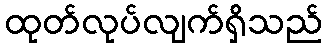
ထုတ်လုပ်လျက်ရှိသည်